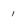
Character: 1